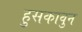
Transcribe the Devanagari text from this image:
हुसकावुन